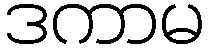
ဒကာမ